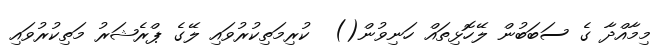
މިމާއްދާ ގެ ސަބަބުން ލޭހޮޅިތައް ހަނިވުން()  ކުރިމަތިކުރުވައި ލޭގެ ޕްރެޝަރު މަތިކުރުވައި